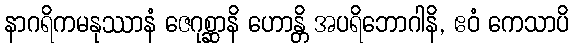
နာဂရိကမနုဿာနံ ဇေဂုစ္ဆာနိ ဟောန္တိ အပရိဘောဂါနိ, ဧဝံ ကေသာပိ